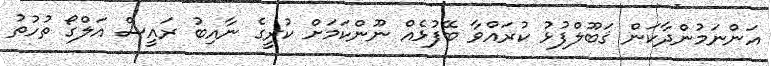
އަންނަމުންދާކަން ޤަބޫލްފުޅު ކުރައްވާ ބޭފުޅެއް ނޫންކަމަށް ކުރީގެ ނާއިބު ރައީސް އަލްގޯ ތުހުތު